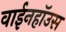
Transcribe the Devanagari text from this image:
वाईनहॉउस